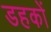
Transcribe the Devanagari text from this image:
डहकों